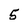
Character: 5